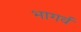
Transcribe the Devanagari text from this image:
भागर्व